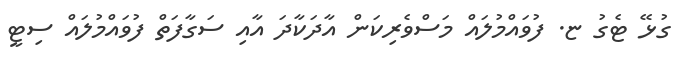
ގުޅޭ ޓެގު ޏ. ފުވައްމުލައް މަސްވެރިކަން އާދަކާދަ އާއި ސަގާފަތް ފުވައްމުލައް ސިޓީ